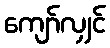
ကျော်လျှင်